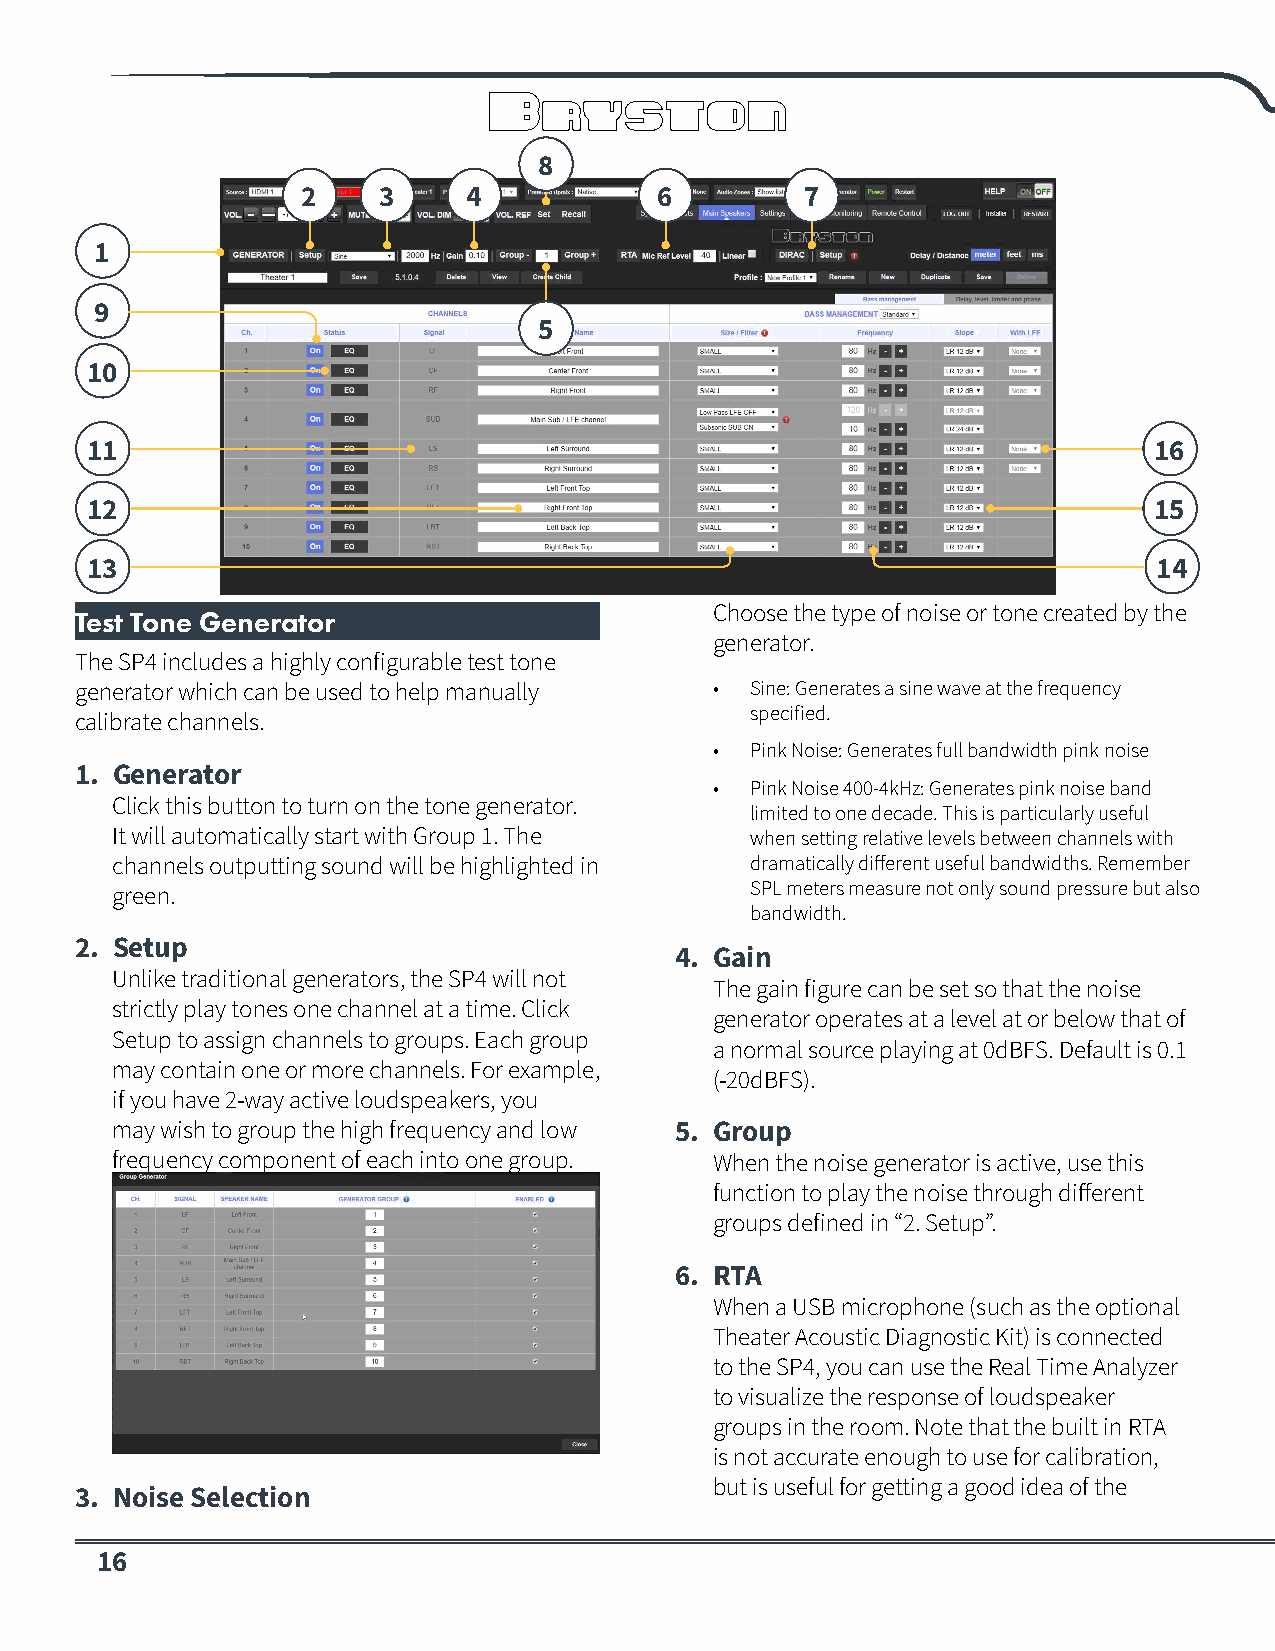
8
 2    3     4            6        7
 1
 9
 5
 10
 11                                                                    16
 12                                                                    15
 13                                                                     14
 Choose the type of noise or tone created by the
 Test Tone Generator
 generator.
 The SP4 includes a highly configurable test tone
 generator which can be used to help manually • Sine: Generates a sine wave at the frequency
 specified.
 calibrate channels.
 •  Pink Noise: Generates full bandwidth pink noise
 1. Generator
 •  Pink Noise 400-4kHz: Generates pink noise band
 Click this button to turn on the tone generator.
 limited to one decade. This is particularly useful
 It will automatically start with Group 1. The when setting relative levels between channels with
 channels outputting sound will be highlighted in dramatically different useful bandwidths. Remember
 green.                                     SPL meters measure not only sound pressure but also
 bandwidth.
 2. Setup
 4. Gain
 Unlike traditional generators, the SP4 will not
 The gain figure can be set so that the noise
 strictly play tones one channel at a time. Click
 generator operates at a level at or below that of
 Setup to assign channels to groups. Each group
 a normal source playing at 0dBFS. Default is 0.1
 may contain one or more channels. For example,
 (-20dBFS).
 if you have 2-way active loudspeakers, you
 may wish to group the high frequency and low 5. Group
 frequency component of each into one group. When the noise generator is active, use this
 function to play the noise through different
 groups defined in “2. Setup”.
 6. RTA
 When a USB microphone (such as the optional
 Theater Acoustic Diagnostic Kit) is connected
 to the SP4, you can use the Real Time Analyzer
 to visualize the response of loudspeaker
 groups in the room. Note that the built in RTA
 is not accurate enough to use for calibration,
 but is useful for getting a good idea of the
 3. Noise Selection
 16